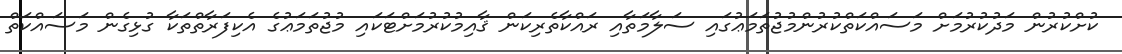
ކުށްކުރުން މަދުކުރުމަށް މަސައްކަތްކުރުންމުޖުތަމަޢުގައި ސަލާމަތާއި ރައްކާތެރިކަން ޤާއިމުކުރުމަށްޓަކައި މުޖުތަމަޢުގެ އެކިފަރާތްތަކާ ގުޅިގެން މަސައްކަތް